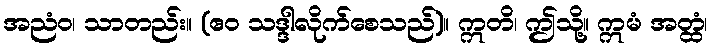
အညံဝ၊ သာတည်း။ (ဧဝ သဒ္ဒါလိုက်စေသည်)။ ဣတိ၊ ဤသို့။ ဣမံ အတ္ထံ၊